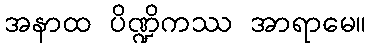
အနာထ ပိဏ္ဍိကဿ အာရာမေ။